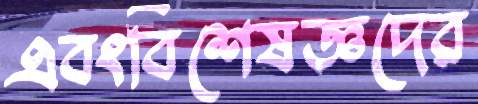
এবংবিশেষজ্ঞদের